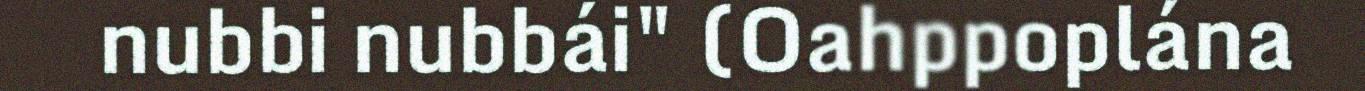
nubbi nubbái" (Oahppoplána